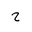
Letter: _ha